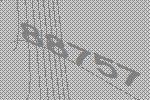
88757